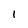
Character: I